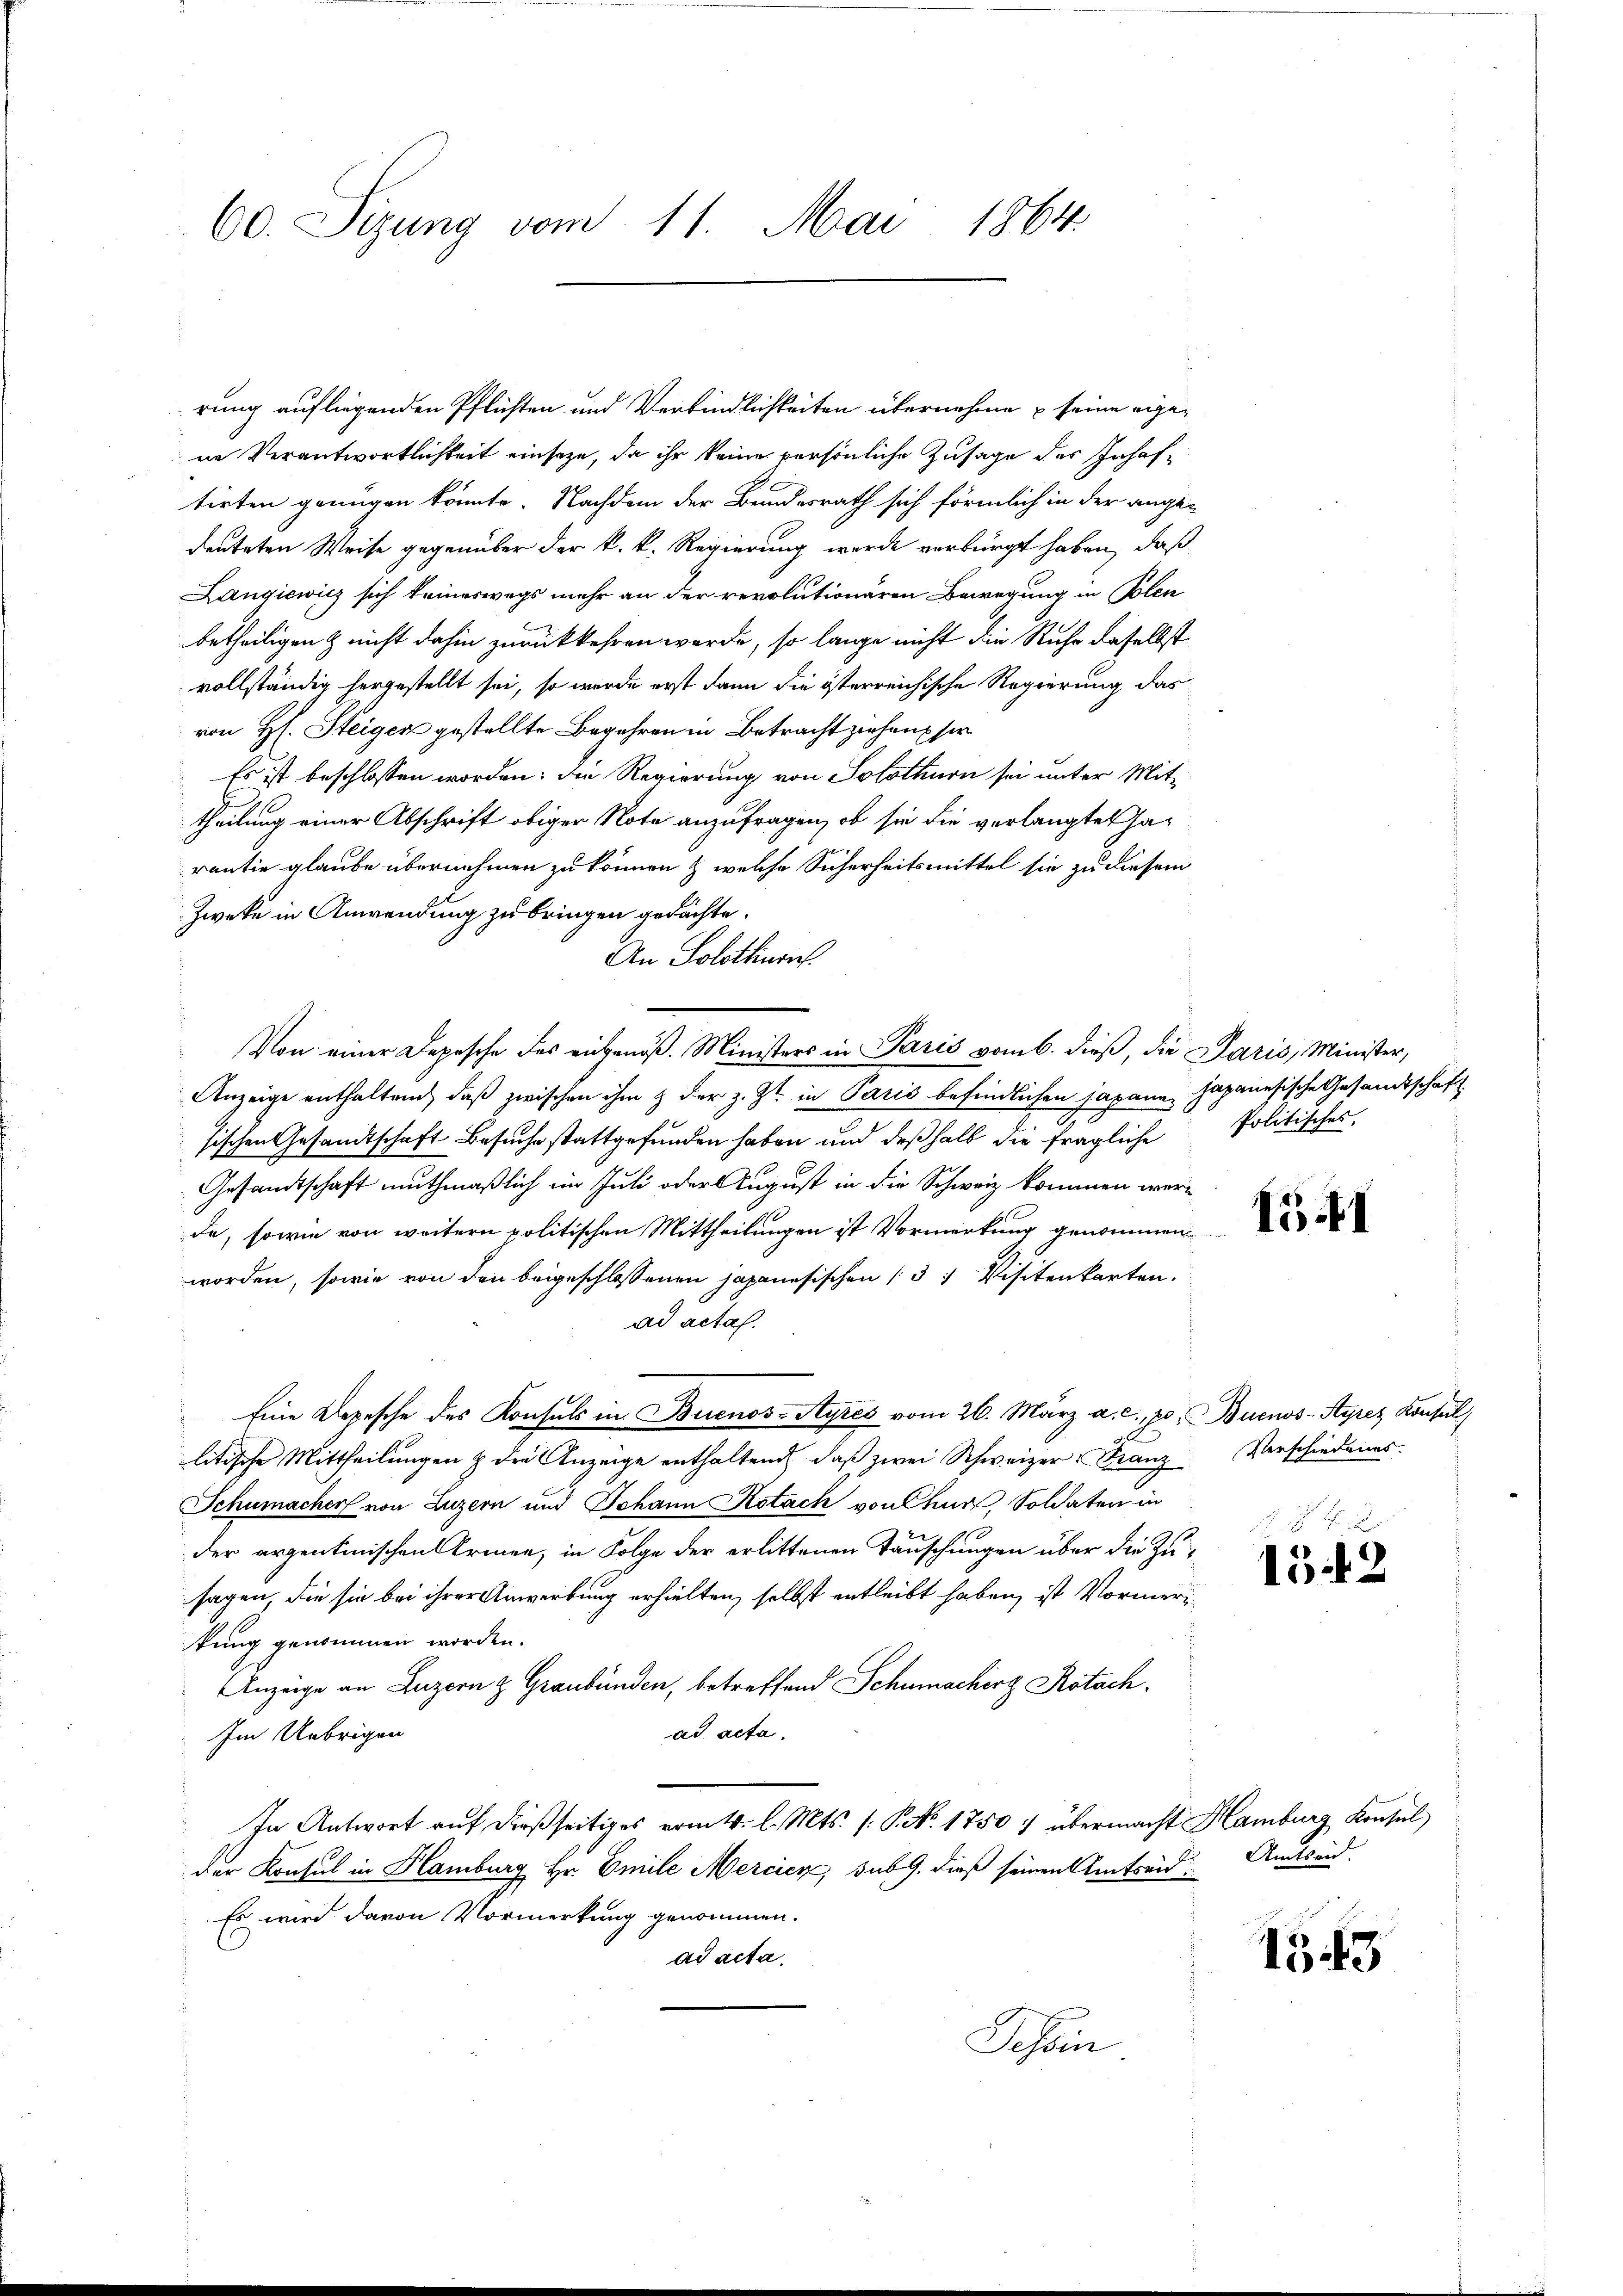
60. Sizung vom 11. Mai 1864.

rung aufliegenden Pflichten und Verbindlichkeiten übernehme & seine eigene Verantwortlichkeit einseze, da ihr keine persönliche Zusage des Inhaftirten genügen könnte. Nachdem der Bundesrath sich förmlich in der ange-
deuteten Weise gegenüber der k. k. Regierung werde verbürgt haben, daß
Langiewicz sich keineswegs mehr an der revolutionären Bewegung in Polen
betheiligen & nicht dahin zurückkehren werde, so lange nicht die Ruhe daselbst
vollständig hergestellt sei, so wurde erst dann die österreichische Regierung das
von H. Steiger gestellte Begehren in Betracht ziehen sie
Es ist beschlossen worden; die Regierung von Solothurn sei unter Mit-
theilung einer Abschrift obiger Note anzufragen, ob sie die verlangtet harantie glaube übernehmen zu können & welche Sicherheitsmittel sie zu diesem
Zweke in Anwendung zu bringen gedachte.
An Solothurn
Anzeige enthaltend, daß zwischen ihm & der z. Zt. in Paris befindlichen japann japanesische Gesandtschaft
sischen Gesandtschaft Besuche stattgefunden haben und deßhalb die fragliche Politisches,
Gesandtschaft muthmaßlich im Juli oder August in die Schweiz kommen werde, sowie von weitern politischen Mittheilungen ist Vormerkung genommen
worden, sowie von den beigeschlossenen japanesischen (3 Visitenkarten.
ad acta.
Eine Depesche des Konsuls in Buenos-Ayres vom 26. März a. c. pr. Buenos-Ayres Konsul
litische Mittheilungen & die Anzeige enthaltend, daß zwei Schweizer Franz
Schumacher von Luzern und Johann Kotach von Chur, Soldaten in
der argentinischen Armen, in Folge der erlittenen Täuschungen über die Zusagen, die sie bei ihrer Anwerbung erhielten, selbst entleibt haben, ist Vormerkung genommen worden.
Anzeige an Luzern z Graubünden, betreffend Schumachirg Rotachad acta.
Im Uebrigen
In Antwort auf dießseitiges vom 4. l. Mts. (: P. Nr. 1750) übermacht Hamburg Konsul
der Konsul in Hamburg Hr. Emile Mercier, sub. 9. dieß seinen Amtseid¬
Es wird davon Vormerkung genommen.
ad acta.
Desoin

Von einer Depesche des eingenöß. Ministers in Paris vom 6. dieß, die Paris, Minister,

1541

Verschiedenes.

1542

Amtseid.

153